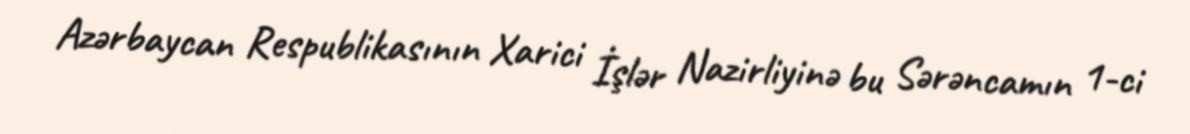
Azərbaycan Respublikasının Xarici İşlər Nazirliyinə bu Sərəncamın 1-ci